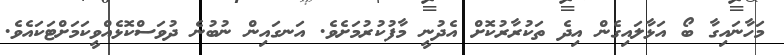
މަހާނައިގާ ބޯ އަޅާލައިގެން އިދެ ތަކުރާރުކޮށް އެދުނީ މާފުކުރުމަށެވެ. އަނގައިން ނުބުނެ ދުވަސްކޮޅެއްވީކަމަށްޓަކައެވެ.